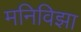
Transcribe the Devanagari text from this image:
मनिविझा